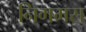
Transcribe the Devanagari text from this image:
निगमस